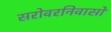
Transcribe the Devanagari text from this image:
सरोवरनिवासों